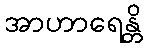
အာဟာရေန္တိ